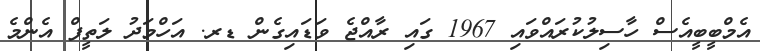
އެމްބީބީއެސް ހާސިލުކުރައްވައި 1967 ގައި ރާއްޖެ ވަޑައިގެން ޑރ. އަހްމަދު ލަތީފް އެންމެ